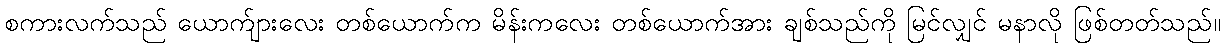
စကားလက်သည် ယောက်ျားလေး တစ်ယောက်က မိန်းကလေး တစ်ယောက်အား ချစ်သည်ကို မြင်လျှင် မနာလို ဖြစ်တတ်သည်။